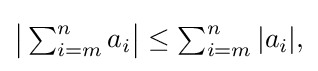
{\textstyle {\big |}\sum _{i=m}^{n}a_{i}{\big |}\leq \sum _{i=m}^{n}|a_{i}|,}